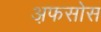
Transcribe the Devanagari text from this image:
अ़फसोस